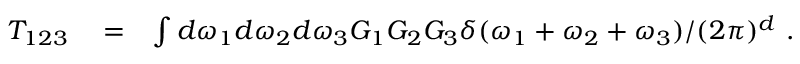
\begin{array} { r l r } { T _ { 1 2 3 } } & { { } = } & { \int d \omega _ { 1 } d \omega _ { 2 } d \omega _ { 3 } G _ { 1 } G _ { 2 } G _ { 3 } \delta ( \omega _ { 1 } + \omega _ { 2 } + \omega _ { 3 } ) / { ( 2 \pi ) ^ { d } } \ . ~ ~ ~ ~ ~ ~ ~ } \end{array}